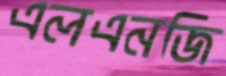
এলএনজি